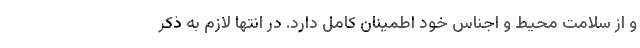
و از سلامت محیط و اجناس خود اطمینان کامل دارد. در انتها لازم به ذکر